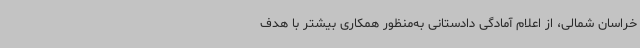
خراسان شمالی، از اعلام آمادگی دادستانی به‌منظور همکاری بیشتر با هدف